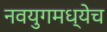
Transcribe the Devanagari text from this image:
नवयुगमध्येच